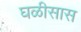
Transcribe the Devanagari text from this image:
घळीसास